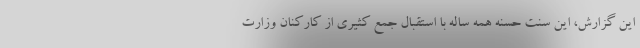
این گزارش، این سنت حسنه همه ساله با استقبال جمع کثیری از کارکنان وزارت